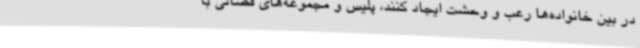
در بین خانواده‌ها رعب و وحشت ایجاد کنند، پلیس و مجموعه‌های قضائی با